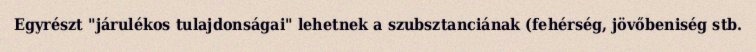
Egyrészt "járulékos tulajdonságai" lehetnek a szubsztanciának (fehérség, jövőbeniség stb.